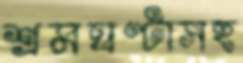
শ্রমঘণ্টাসহ